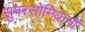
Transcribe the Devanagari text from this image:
सुपरसोनिकनों